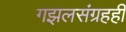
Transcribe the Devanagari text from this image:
गझलसंग्रहही